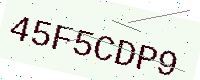
Text: 45F5CDP9